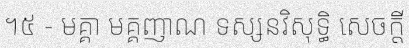
។៥ - មគ្គា មគ្គញាណ ទស្សនវិសុទ្ធិ សេចក្តី